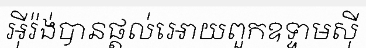
អ៊ីរ៉ង់បានផ្តល់អោយពួកឧទ្ទាមស៊ី